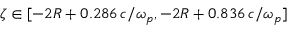
\zeta \in [ - 2 R + 0 . 2 8 6 \, c / \omega _ { p } , - 2 R + 0 . 8 3 6 \, c / \omega _ { p } ]